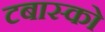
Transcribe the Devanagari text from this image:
टबास्को